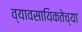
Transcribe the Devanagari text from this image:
व्यावसायिकतेच्या